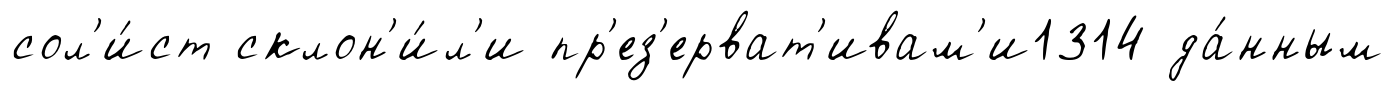
сол'и́ст склон'и́л'и пр'ез'ерват'ивам'и1314 да́нным